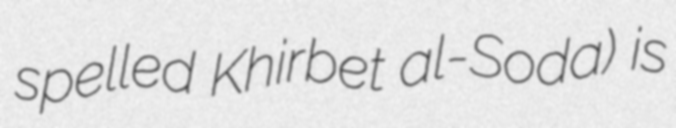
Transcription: spelled Khirbet al-Soda) is